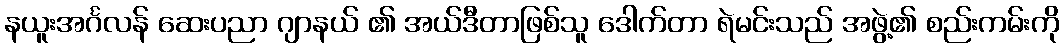
နယူးအင်္ဂလန် ဆေးပညာ ဂျာနယ် ၏ အယ်ဒီတာဖြစ်သူ ဒေါက်တာ ရဲမင်းသည် အဖွဲ့၏ စည်းကမ်းကို